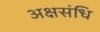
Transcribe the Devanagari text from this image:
अक्षसंधि